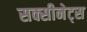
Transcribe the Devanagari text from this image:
सक्सीनेट्स